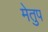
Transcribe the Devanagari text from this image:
मेेतुप